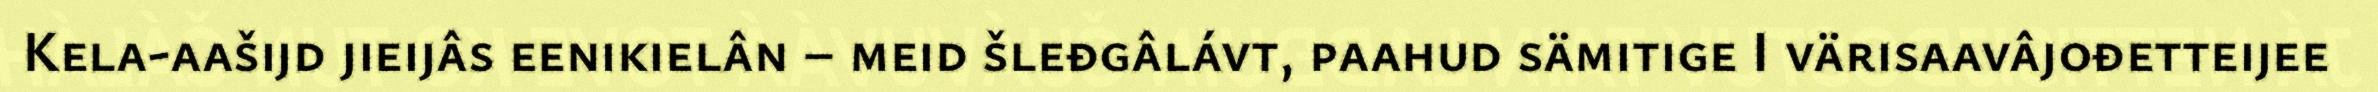
Kela-aašijd jieijâs eenikielân – meid šleđgâlávt, paahud sämitige I värisaavâjođetteijee